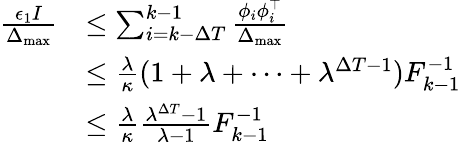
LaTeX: \begin{array}{rl}{\frac{\epsilon_{1}I}{\Delta_{\operatorname*{max}}}}&{\leq\sum_{i=k-\Delta T}^{k-1}\frac{\phi_{i}\phi_{i}^{\top}}{\Delta_{\operatorname*{max}}}}\\ &{\leq\frac{\lambda}{\kappa}(1+\lambda+\cdots+\lambda^{\Delta T-1})F_{k-1}^{-1}}\\ &{\leq\frac{\lambda}{\kappa}\frac{\lambda^{\Delta T}-1}{\lambda-1}F_{k-1}^{-1}}\end{array}